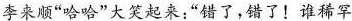
李来顺“哈哈”大笑起来:“错了，错了!谁稀罕